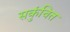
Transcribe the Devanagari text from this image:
सकुंचित